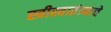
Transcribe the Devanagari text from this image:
स्त्रीस्वातंत्र्याचे